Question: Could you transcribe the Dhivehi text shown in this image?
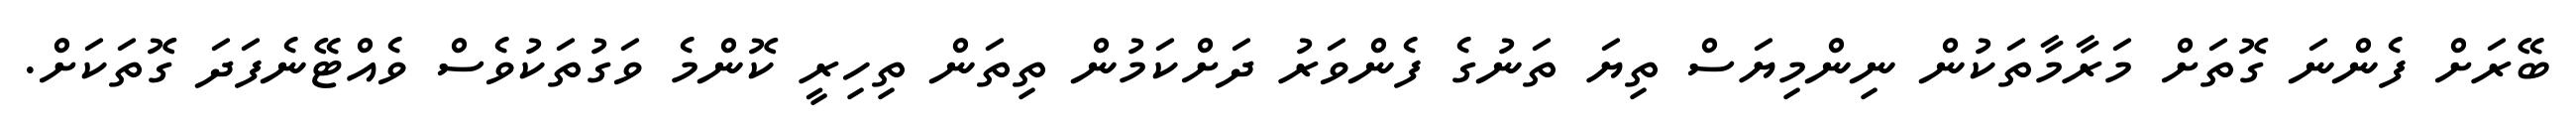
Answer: ބޭރަށް ފެންނަ ގޮތަށް މަރާމާތަކުން ނިންމިޔަސް ތިޔަ ތަނުގެ ފެންވަރު ދަށްކަމުން ތިތަން ތިހިރީ ކޮންމެ ވަގުތަކުވެސް ވެއްޓޭނެފަދަ ގޮތަކަށް.